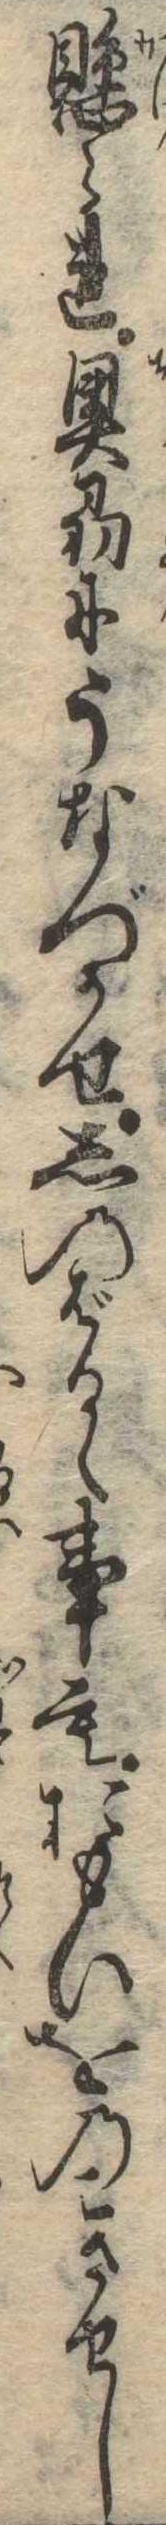
懸られ奥刕にうなづかせしのばるゝ事もおもひをのこさせし